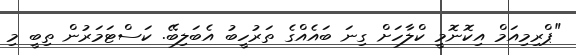
"ޕްރިމިއަމް އިކޮނޮމީ ކްލާހަށް ގިނަ ބައެއްގެ ތަރުހީބު އެބަލިބޭ. ކަސްޓަމަރުން ތިބީ މި